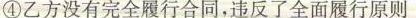
④乙方没有完全履行合同，违反了全面履行原则